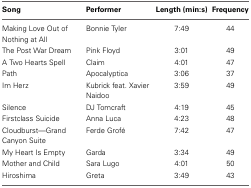
| Song | Performer | Length (min:s) | Frequency |
 | --- | --- | --- | --- |
 | Making Love Out of Nothing at All | Bonnie Tyler | 7:49 | 44 |
 | The Post War Dream | Pink Floyd | 3:01 | 49 |
 | A Two Hearts Spell | Claim | 4:01 | 47 |
 | Path | Apocalyptica | 3:06 | 37 |
 | Im Herz | Kubrick feat. Xavier Naidoo | 3:59 | 49 |
 | Silence | DJ Tomcraft | 4:19 | 45 |
 | Firstclass Suicide | Anna Luca | 4:23 | 48 |
 | Cloudburst—Grand Canyon Suite | Ferde Grofé | 7:42 | 47 |
 | My Heart Is Empty | Garda | 3:34 | 49 |
 | Mother and Child | Sara Lugo | 4:01 | 50 |
 | Hiroshima | Greta | 3:49 | 43 |